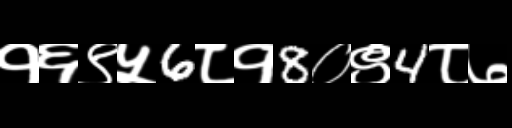
Text: १६९५6८१8०९4८७